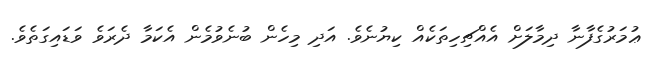
ޢުމަރުގެފާނާ ދިމާލަށް އެއްޗިހިތަކެއް ކިޔުނެވެ. އަދި މިހެން ބުނެވުމެން އެކަމާ ދެރަވެ ވަޑައިގަތެވެ.